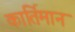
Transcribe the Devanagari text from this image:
कार्तिमान